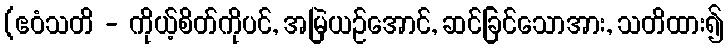
(ဧဝံသတိ - ကိုယ့်စိတ်ကိုပင်, အမြဲယဉ်အောင်, ဆင်ခြင်သောအား, သတိထား၍